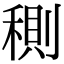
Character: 𥠉